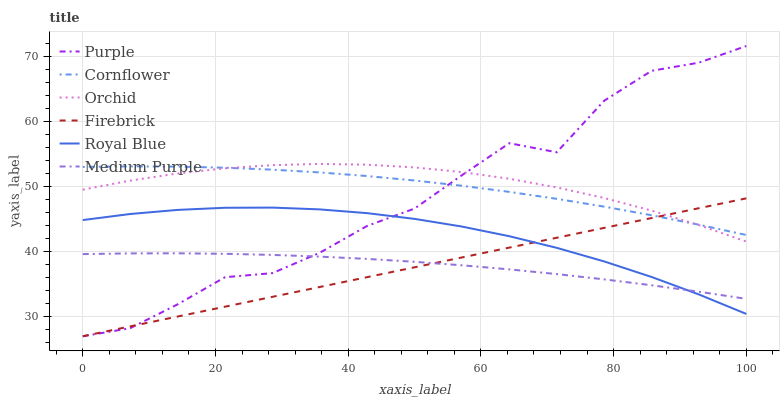
| xaxis_label | Purple | Cornflower | Orchid | Firebrick | Royal Blue | Medium Purple |
 | --- | --- | --- | --- | --- | --- | --- |
 | 0 | 27 | 53 | 49.5 | 27 | 44.9 | 39.6 |
 | 7.14 | 28.2 | 53.1 | 50.9 | 28.5 | 45.8 | 39.7 |
 | 14.3 | 31.9 | 53.1 | 52 | 30 | 46.4 | 39.8 |
 | 21.4 | 36.1 | 52.9 | 52.8 | 31.5 | 46.8 | 39.7 |
 | 28.6 | 36.7 | 52.6 | 53.3 | 33.1 | 46.8 | 39.5 |
 | 35.7 | 39.8 | 52.2 | 53.5 | 34.6 | 46.5 | 39.2 |
 | 42.9 | 44 | 51.6 | 53.4 | 36.1 | 45.9 | 38.9 |
 | 50 | 46.6 | 51 | 53 | 37.6 | 45.1 | 38.4 |
 | 57.1 | 51.8 | 50.1 | 52.2 | 39.1 | 43.9 | 37.9 |
 | 64.3 | 56.7 | 49.2 | 51.2 | 40.6 | 42.4 | 37.3 |
 | 71.4 | 55.3 | 48.1 | 49.9 | 42.1 | 40.6 | 36.6 |
 | 78.6 | 63.2 | 46.9 | 48.3 | 43.7 | 38.5 | 35.7 |
 | 85.7 | 67.8 | 45.6 | 46.3 | 45.2 | 36.1 | 34.8 |
 | 92.9 | 69.1 | 44.2 | 44.1 | 46.7 | 33.4 | 33.8 |
 | 100 | 71.6 | 42.6 | 41.6 | 48.2 | 30.4 | 32.8 |